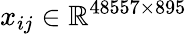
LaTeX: x_{ij}\in\mathbb{R}^{48557\times 895}